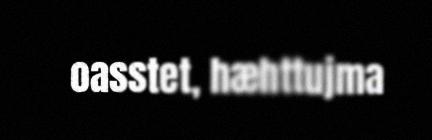
oasstet, hæhttujma